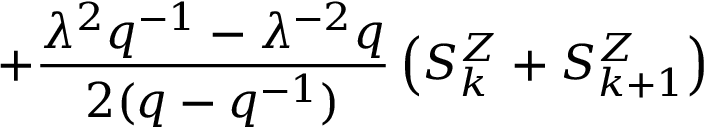
+ \frac { { \lambda } ^ { 2 } q ^ { - 1 } - { \lambda } ^ { - 2 } q } { 2 ( q - q ^ { - 1 } ) } \left( S _ { k } ^ { Z } + S _ { k + 1 } ^ { Z } \right) \,